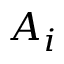
A _ { i }